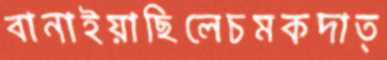
বানাইয়াছিলেচমকদাত্